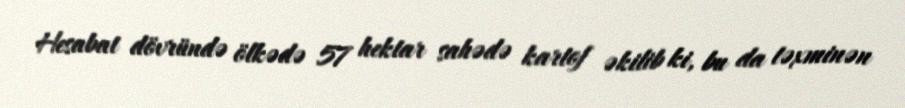
Hesabat dövründə ölkədə 57 hektar sahədə kartof əkilib ki, bu da təxminən